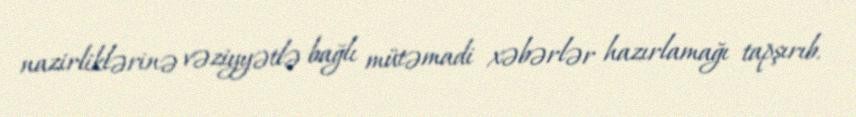
nazirliklərinə vəziyyətlə bağlı mütəmadi xəbərlər hazırlamağı tapşırıb.